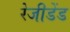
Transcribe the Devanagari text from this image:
रेजीडेंड